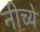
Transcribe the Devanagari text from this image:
नीच्ये